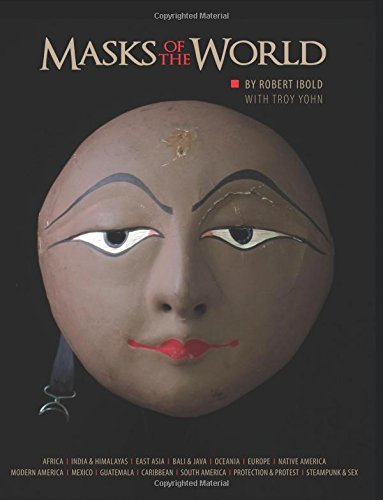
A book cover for Masks of the World; Robert Ibold; Crafts, Hobbies & Home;